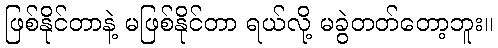
ဖြစ်နိုင်တာနဲ့ မဖြစ်နိုင်တာ ရယ်လို့ မခွဲတတ်တော့ဘူး။